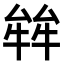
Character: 𤚅